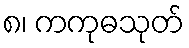
၈၊ ကကုဓသုတ်